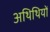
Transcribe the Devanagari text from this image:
अथिथियों